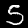
Digit: 5